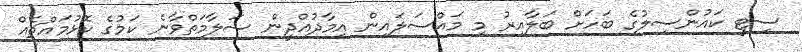
ސިޓީ ކައުންސިލުގެ ބަހަށް ބަލާއިރު މި މައްސަލައިން އިމާދުއްދީން ސަލާމަތްވާނެ ކަމުގެ ކޮޅުމައްޗެއް